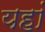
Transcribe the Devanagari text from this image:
यहां